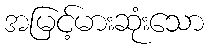
အမြင့်မားဆုံးသော